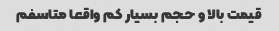
قیمت بالا و حجم بسیار کم واقعا متاسفم